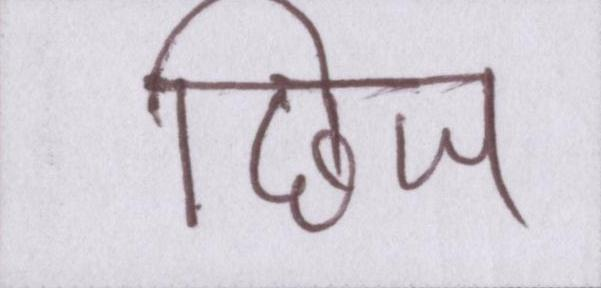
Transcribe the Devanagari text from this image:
छिंज